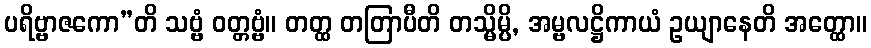
ပရိဗ္ဗာဇကော”တိ သဗ္ဗံ ဝတ္တဗ္ဗံ။ တတ္ထ တတြာပီတိ တသ္မိမ္ပိ, အမ္ဗလဋ္ဌိကာယံ ဥယျာနေတိ အတ္ထော။